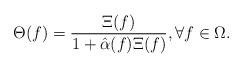
LaTeX: \begin{align*}\Theta(f) = \frac{\Xi(f)}{1+\hat\alpha(f)\Xi(f)},\forall f\in\Omega.\end{align*}